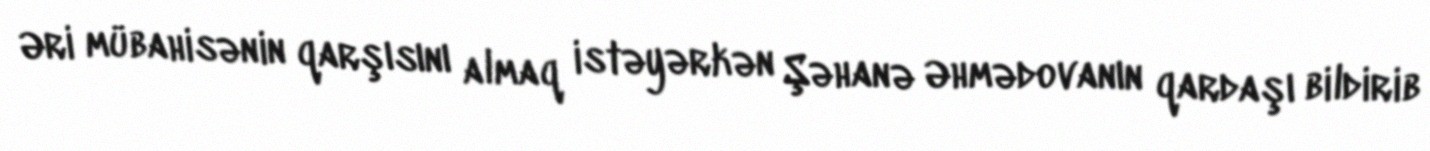
Əri mübahisənin qarşısını almaq istəyərkən Şəhanə Əhmədovanın qardaşı bildirib